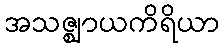
အသဇ္ဈာယကိရိယာ